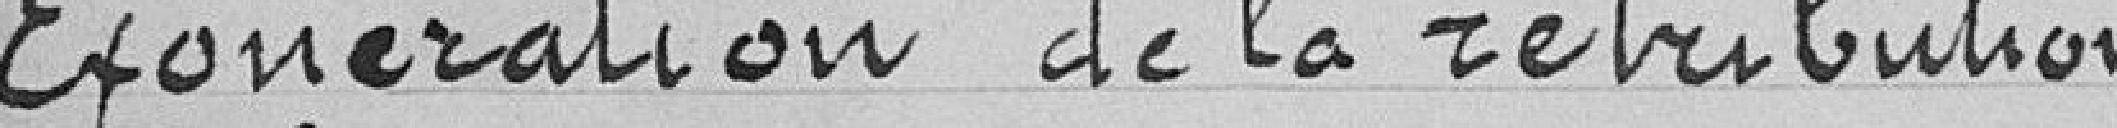
Exonération de la rétribution